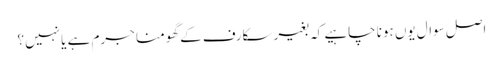
اصل سوال یوں ہونا چاہیے کہ بغیر سکارف کے گھومنا جرم ہے یا نہیں؟